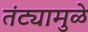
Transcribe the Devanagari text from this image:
तंट्यामुळे